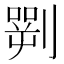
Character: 𠟎